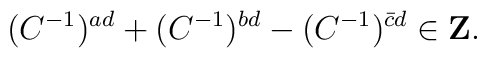
(C^{-1})^{ad}+(C^{-1})^{bd}-(C^{-1})^{\bar{c}d}\in{\bf Z}.